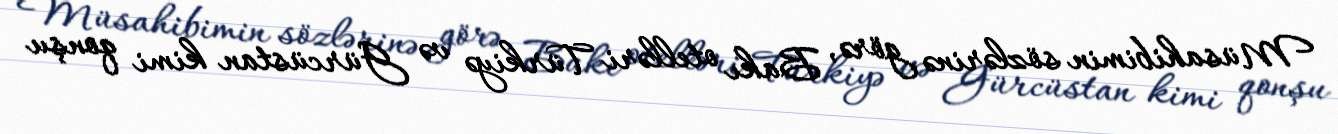
Müsahibimin sözlərinə görə, Bakı otelləri Türkiyə və Gürcüstan kimi qonşu